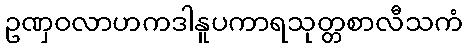
ဥဏှဝလာဟကဒါနူပကာရသုတ္တစာလီသကံ